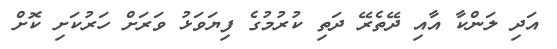
އަދި ލަންކާ އާއި ދޭތެރޭ ދަތި ކުރުމުގެ ފިޔަވަޅު ވަރަށް ހަރުކަށި ކޮށް